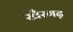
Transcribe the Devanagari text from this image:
खैरगढ़